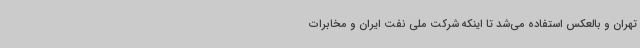
تهران و بالعکس استفاده می‌شد تا اینکه شرکت ملی نفت ایران و مخابرات